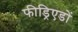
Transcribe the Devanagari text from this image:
फीड्रिएडों